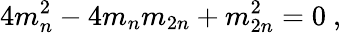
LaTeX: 4m_{n}^{2}-4m_{n}m_{2n}+m_{2n}^{2}=0~,